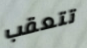
تتعقب